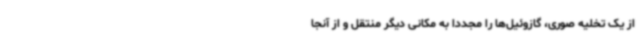
از یک تخلیه صوری، گازوئیل‌ها را مجدداً به مکانی دیگر منتقل و از آنجا